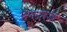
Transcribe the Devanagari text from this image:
भगनावशेष